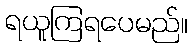
ရယူကြရပေမည်။